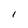
Character: I